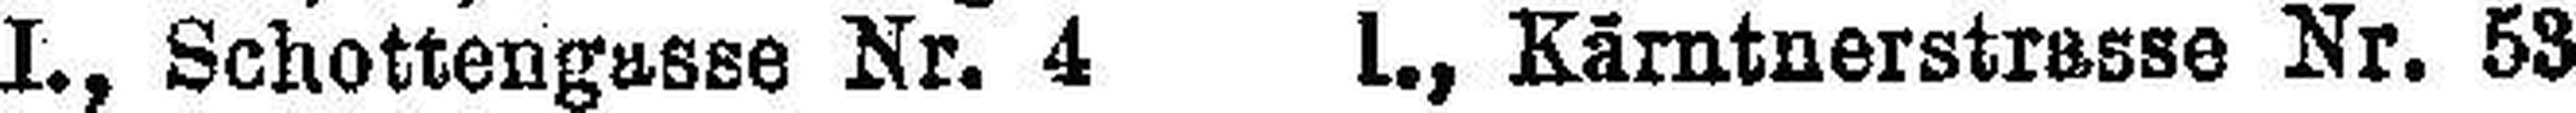
I., Schottengasse Nr. 4 L., Kärntnerstrasse Nr. 53